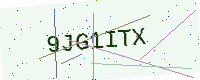
Text: 9JG1ITX